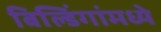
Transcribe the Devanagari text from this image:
बिल्डिंगांमध्ये